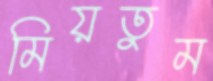
মিয়তুম